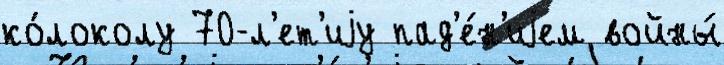
ко́локолу 70-л'ет'иjу пад'е́н'иjем войны́